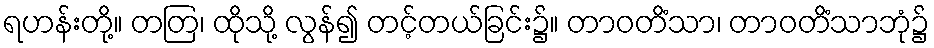
ရဟန်းတို့။ တတြ၊ ထိုသို့ လွန်၍ တင့်တယ်ခြင်း၌။ တာဝတိံသာ၊ တာဝတိံသာဘုံ၌